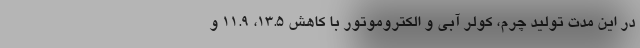
در این مدت تولید چرم، کولر آبی و الکتروموتور با کاهش ۱۳.۵، ۱۱.۹ و